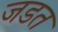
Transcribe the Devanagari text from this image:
जडत